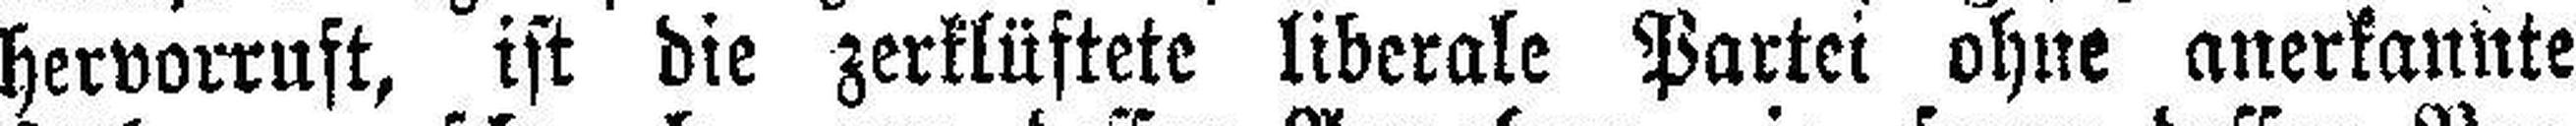
hervorruft, ist die zerklüftete liberale Partei ohne anerkannte